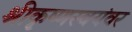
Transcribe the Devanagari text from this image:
श्रीकृष्णस्वयंवर